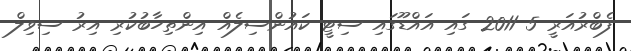
ފެބްރުއަރީ 5 2011 ގައި އައްޑޫގައި ސިޓީ ކައުންސިލެއް އިންތިހާބުކުރި އިރު ސިވިލް